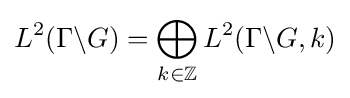
L^{2}(\Gamma \backslash G)=\bigoplus _{k\in \mathbb {Z} }L^{2}(\Gamma \backslash G,k)